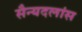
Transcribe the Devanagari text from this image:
सैन्यदलांस